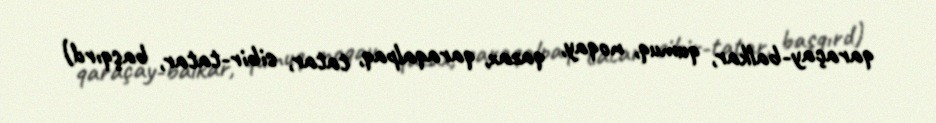
qaraçay-balkar, qumuq, noqay, qazax, qaraqalpaq, tatar, sibir-tatar, başqırd)